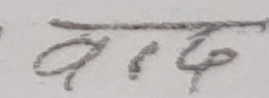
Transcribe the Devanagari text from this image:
बोद